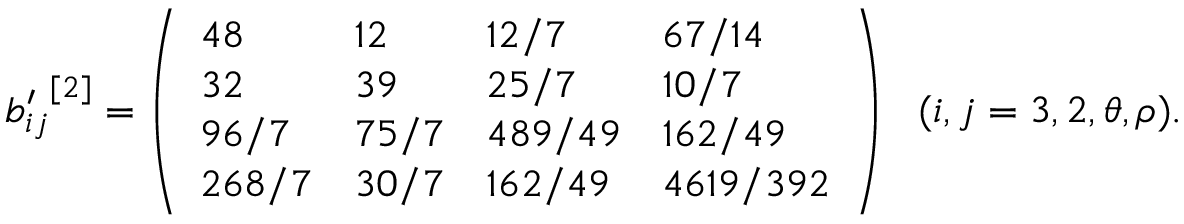
{ b _ { i j } ^ { \prime } } ^ { [ 2 ] } = \left( \begin{array} { l l l l } { { 4 8 } } & { { 1 2 } } & { { 1 2 / 7 } } & { { 6 7 / 1 4 } } \\ { { 3 2 } } & { { 3 9 } } & { { 2 5 / 7 } } & { { 1 0 / 7 } } \\ { { 9 6 / 7 } } & { { 7 5 / 7 } } & { { 4 8 9 / 4 9 } } & { { 1 6 2 / 4 9 } } \\ { { 2 6 8 / 7 } } & { { 3 0 / 7 } } & { { 1 6 2 / 4 9 } } & { { 4 6 1 9 / 3 9 2 } } \end{array} \right) \ \ ( i , j = 3 , 2 , \theta , \rho ) .